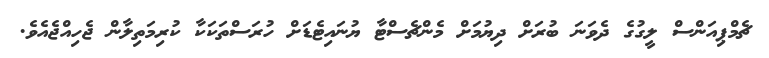
ޗެމްޕިއަންސް ލީގުގެ ދެވަނަ ބުރަށް ދިޔުމަށް މެންޗެސްޓާ ޔުނައިޓެޑަށް ހުރަސްތަކަކާ ކުރިމަތިލާން ޖެހިއްޖެއެވެ.